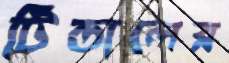
টিন্ডালের